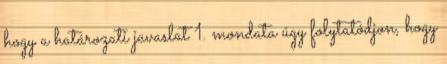
hogy a határozati javaslat 1. mondata úgy folytatódjon, hogy